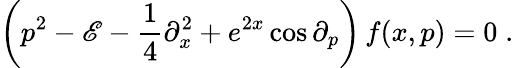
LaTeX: \left(p^{2}-\mathscr{E}-{\frac{{1}}{{4}}}\partial_{x}^{2}+e^{2x}\cos\partial_{p}\right)\, f(x,p)=0\; .